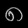
Digit: ၈